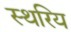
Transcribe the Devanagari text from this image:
स्थरिय